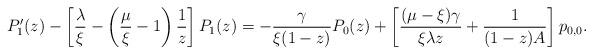
LaTeX: \begin{align*}P'_{1}(z) - \left[ \frac{\lambda}{\xi} - \left(\frac{\mu}{\xi} - 1\right)\frac{1}{z} \right]P_{1}(z) = -\dfrac{\gamma}{\xi(1-z)}P_{0}(z) + \left[ \dfrac{(\mu - \xi)\gamma}{\xi \lambda z} + \dfrac{1}{(1-z)A}\right]p_{0,0}.\end{align*}